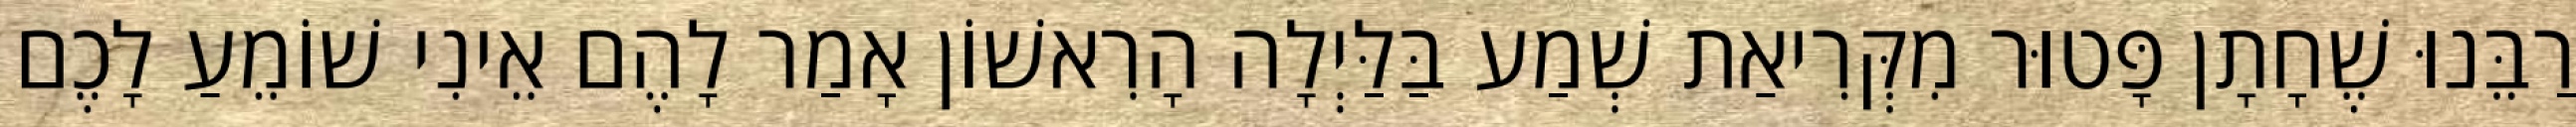
רַבֵּנוּ שֶׁחָתָן פָּטוּר מִקְּרִיאַת שְׁמַע בַּלַּיְלָה הָרִאשׁוֹן אָמַר לָהֶם אֵינִי שׁוֹמֵעַ לָכֶם